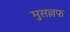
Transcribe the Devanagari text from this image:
मुसल्लफ